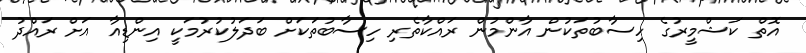
އޮތް ކަޝްމީރުގެ ހިސާބުތަކުން އާންމުން ރައްކާތެރި ހިސާބުތަކަށް ބަދަލުކުރުމަކީ އިންޑިއާ އަށް ރައްދު